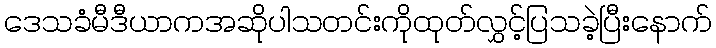
ဒေသခံမီဒီယာကအဆိုပါသတင်းကိုထုတ်လွှင့်ပြသခဲ့ပြီးနောက်